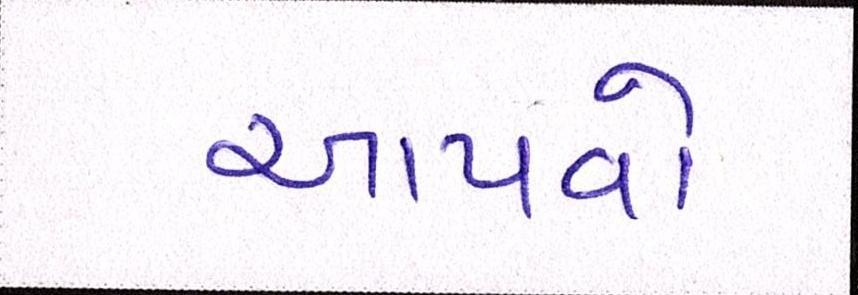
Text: આપવો